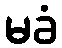
မခံ